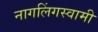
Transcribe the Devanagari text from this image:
नागलिंगस्वामी